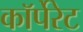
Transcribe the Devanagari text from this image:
काॅर्पेरेट